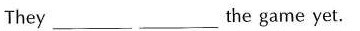
They ___ ___the game yet.